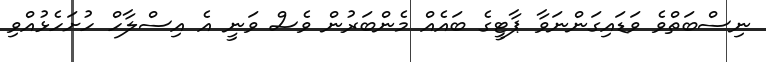
ނިސްބަތްވެ ވަޑައިގަންނަވާ ޕާޓީގެ ބައެއް މެންބަރުން ވެސް ވަނީ އެ އިސްލާހް ހުށަހެޅުއްވި